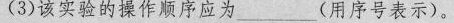
(3)该实验的操作顺序应为_____(用序号表示)。